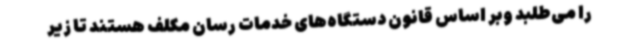
را می‌طلبد وبر اساس قانون دستگاه‌های خدمات رسان مکلف هستند تا زیر